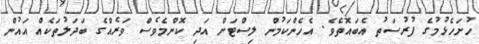
ހުށަހެޅުމުގެ ފުރުސަތު އެބައޮތެވެ. އެހެންކަމުން ލިސްޓަށް އަދި ކޮންމެވެސް ވަރެއްގެ ބަދަލުތަކެއް އައުން